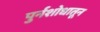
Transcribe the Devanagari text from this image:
पुर्नशोधातून